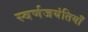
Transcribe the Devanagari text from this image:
स्वर्णजयंतियाँ